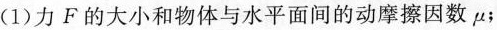
(1)力F的大小和物体与水平面间的动摩擦因数\mu ；